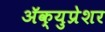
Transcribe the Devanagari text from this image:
ॲक्युप्रेशर